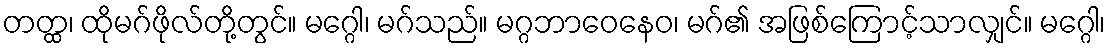
တတ္ထ၊ ထိုမဂ်ဖိုလ်တို့တွင်။ မဂ္ဂေါ၊ မဂ်သည်။ မဂ္ဂဘာဝေနေဝ၊ မဂ်၏ အဖြစ်ကြောင့်သာလျှင်။ မဂ္ဂေါ၊